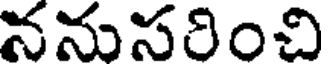
ననుసరించి